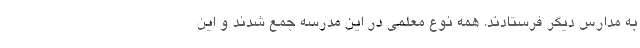
به مدارس دیگر فرستادند. همه نوع معلمی در این مدرسه جمع شدند و این